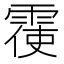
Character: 𮦙